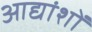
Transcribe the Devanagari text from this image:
आद्यांशों